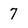
Character: 7